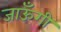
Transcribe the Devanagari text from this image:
जाऊँगी